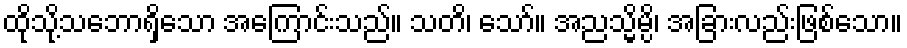
ထိုသို့သဘောရှိသော အကြောင်းသည်။ သတိ၊ သော်။ အညသ္မိမ္ပိ၊ အခြားလည်းဖြစ်သော။